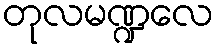
တုလမဏ္ဍလေ